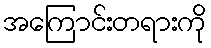
အကြောင်းတရားကို